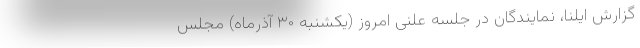
گزارش ایلنا، نمایندگان در جلسه علنی امروز (یکشنبه ۳۰ آذرماه) مجلس